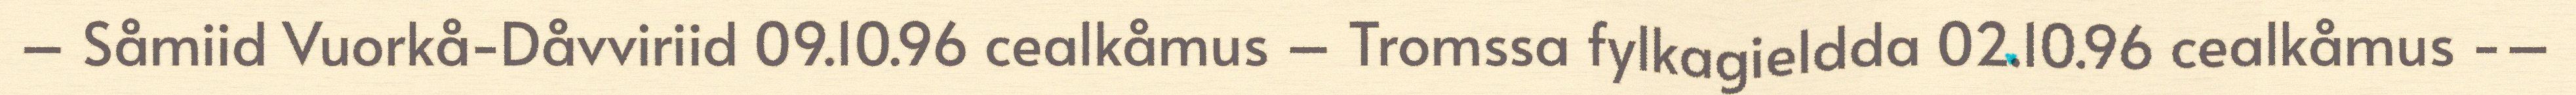
– Såmiid Vuorkå-Dåvviriid 09.10.96 cealkåmus – Tromssa fylkagieldda 02.10.96 cealkåmus -–